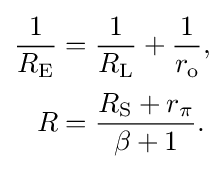
{\begin{aligned}{\frac {1}{R_{\text{E}}}}&={\frac {1}{R_{\text{L}}}}+{\frac {1}{r_{\text{o}}}},\\[2pt]R&={\frac {R_{\text{S}}+r_{\pi }}{\beta +1}}.\end{aligned}}